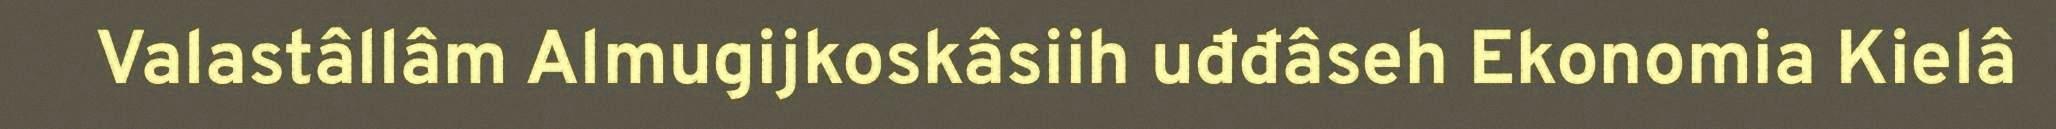
Valastâllâm Almugijkoskâsiih uđđâseh Ekonomia Kielâ